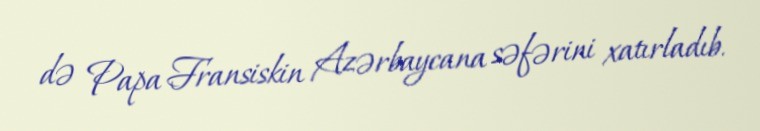
də Papa Fransiskin Azərbaycana səfərini xatırladıb.